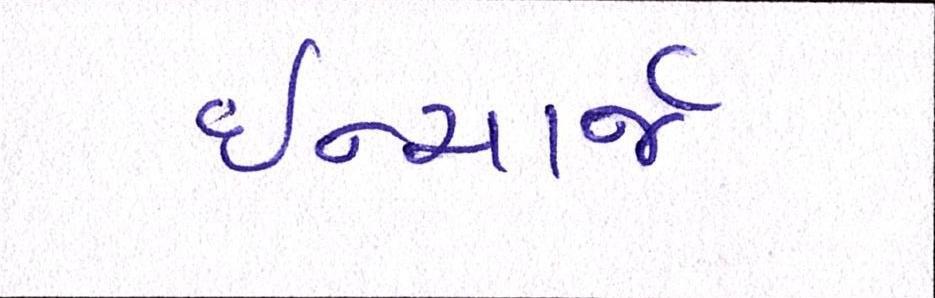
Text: ઈન્ચાર્જ